Scottish assistants in French and German schools and colleges, 1937
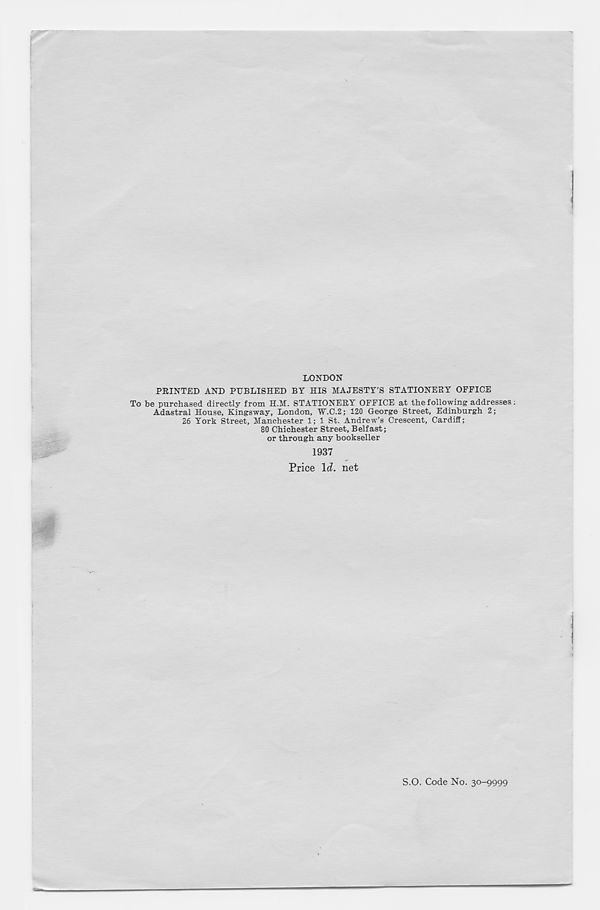
LONDON
FEINTED AND PUBLISHED BY HIS MAJESTY’S STATIONERY OFFICE
To be purchased directly from H.M. STATIONERY OFFICE at the following addresses
Adastral House, Kingsway, London, W.C.2; 120 George Street, Edinburgh 2;
26 York Street, Manchester 1; 1 St. Andrew’s Crescent, Cardiff;
80 Chichester Street, Belfast;
or through any bookseller
1937
Price \d. net
S.O. Code No. 30-9999